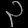
Digit: ၃